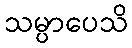
သမ္ပာပေသိ